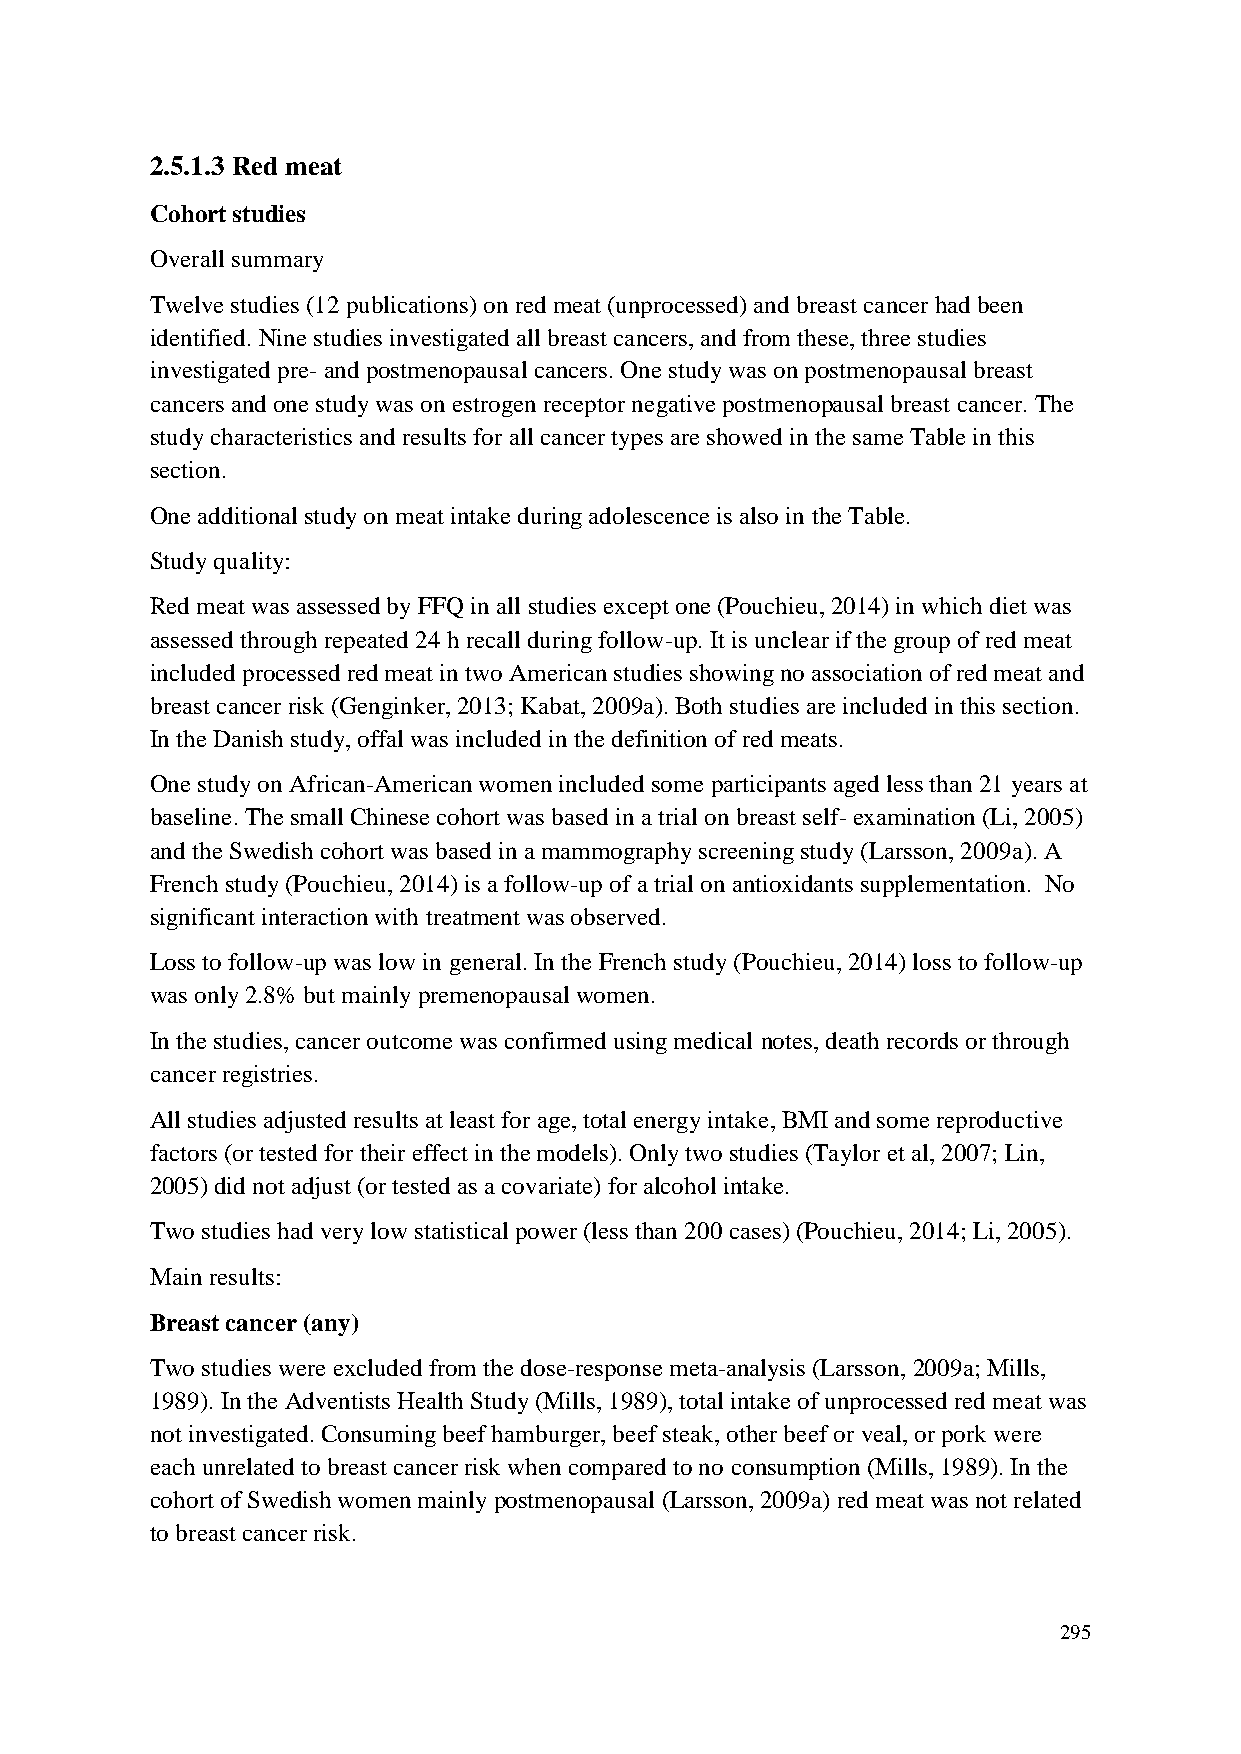
2.5.1.3 Red meat
 Cohort studies
 Overall summary
 Twelve studies (12 publications) on red meat (unprocessed) and breast cancer had been
 identified. Nine studies investigated all breast cancers, and from these, three studies
 investigated pre- and postmenopausal cancers. One study was on postmenopausal breast
 cancers and one study was on estrogen receptor negative postmenopausal breast cancer. The
 study characteristics and results for all cancer types are showed in the same Table in this
 section.
 One additional study on meat intake during adolescence is also in the Table.
 Study quality:
 Red meat was assessed by FFQ in all studies except one (Pouchieu, 2014) in which diet was
 assessed through repeated 24 h recall during follow-up. It is unclear if the group of red meat
 included processed red meat in two American studies showing no association of red meat and
 breast cancer risk (Genginker, 2013; Kabat, 2009a). Both studies are included in this section.
 In the Danish study, offal was included in the definition of red meats.
 One study on African-American women included some participants aged less than 21 years at
 baseline. The small Chinese cohort was based in a trial on breast self- examination (Li, 2005)
 and the Swedish cohort was based in a mammography screening study (Larsson, 2009a). A
 French study (Pouchieu, 2014) is a follow-up of a trial on antioxidants supplementation. No
 significant interaction with treatment was observed.
 Loss to follow-up was low in general. In the French study (Pouchieu, 2014) loss to follow-up
 was only 2.8% but mainly premenopausal women.
 In the studies, cancer outcome was confirmed using medical notes, death records or through
 cancer registries.
 All studies adjusted results at least for age, total energy intake, BMI and some reproductive
 factors (or tested for their effect in the models). Only two studies (Taylor et al, 2007; Lin,
 2005) did not adjust (or tested as a covariate) for alcohol intake.
 Two studies had very low statistical power (less than 200 cases) (Pouchieu, 2014; Li, 2005).
 Main results:
 Breast cancer (any)
 Two studies were excluded from the dose-response meta-analysis (Larsson, 2009a; Mills,
 1989). In the Adventists Health Study (Mills, 1989), total intake of unprocessed red meat was
 not investigated. Consuming beef hamburger, beef steak, other beef or veal, or pork were
 each unrelated to breast cancer risk when compared to no consumption (Mills, 1989). In the
 cohort of Swedish women mainly postmenopausal (Larsson, 2009a) red meat was not related
 to breast cancer risk.
 295